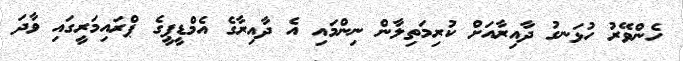
ހެންވޭރު ހުޅަނގު ދާއިރާއަށް ކުރިމަތިލާން ނިންމައި އެ ދާއިރާގެ އެމްޑީޕީގެ ޕްރައިމަރީގައި ވާދަ